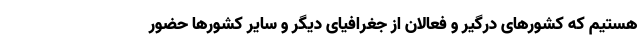
هستیم که کشورهای درگیر و فعالان از جغرافیای دیگر و سایر کشورها حضور